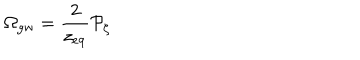
\Omega _ { \mathrm { g w } } = { \frac { 2 } { z _ { \mathrm { e q } } } } { \cal P } _ { \zeta }